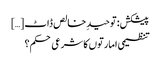
پیشکش: توحیدِ خالص ڈاٹ […]
تنظیمی امارتوں کا شرعی حکم؟